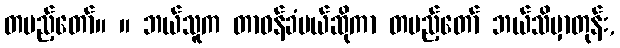
တပည့်တော်။ ။ ဘယ်သူက တာဝန်ခံမယ်ဆိုကာ တပည့်တော် ဘယ်သိမှာတုန်း,